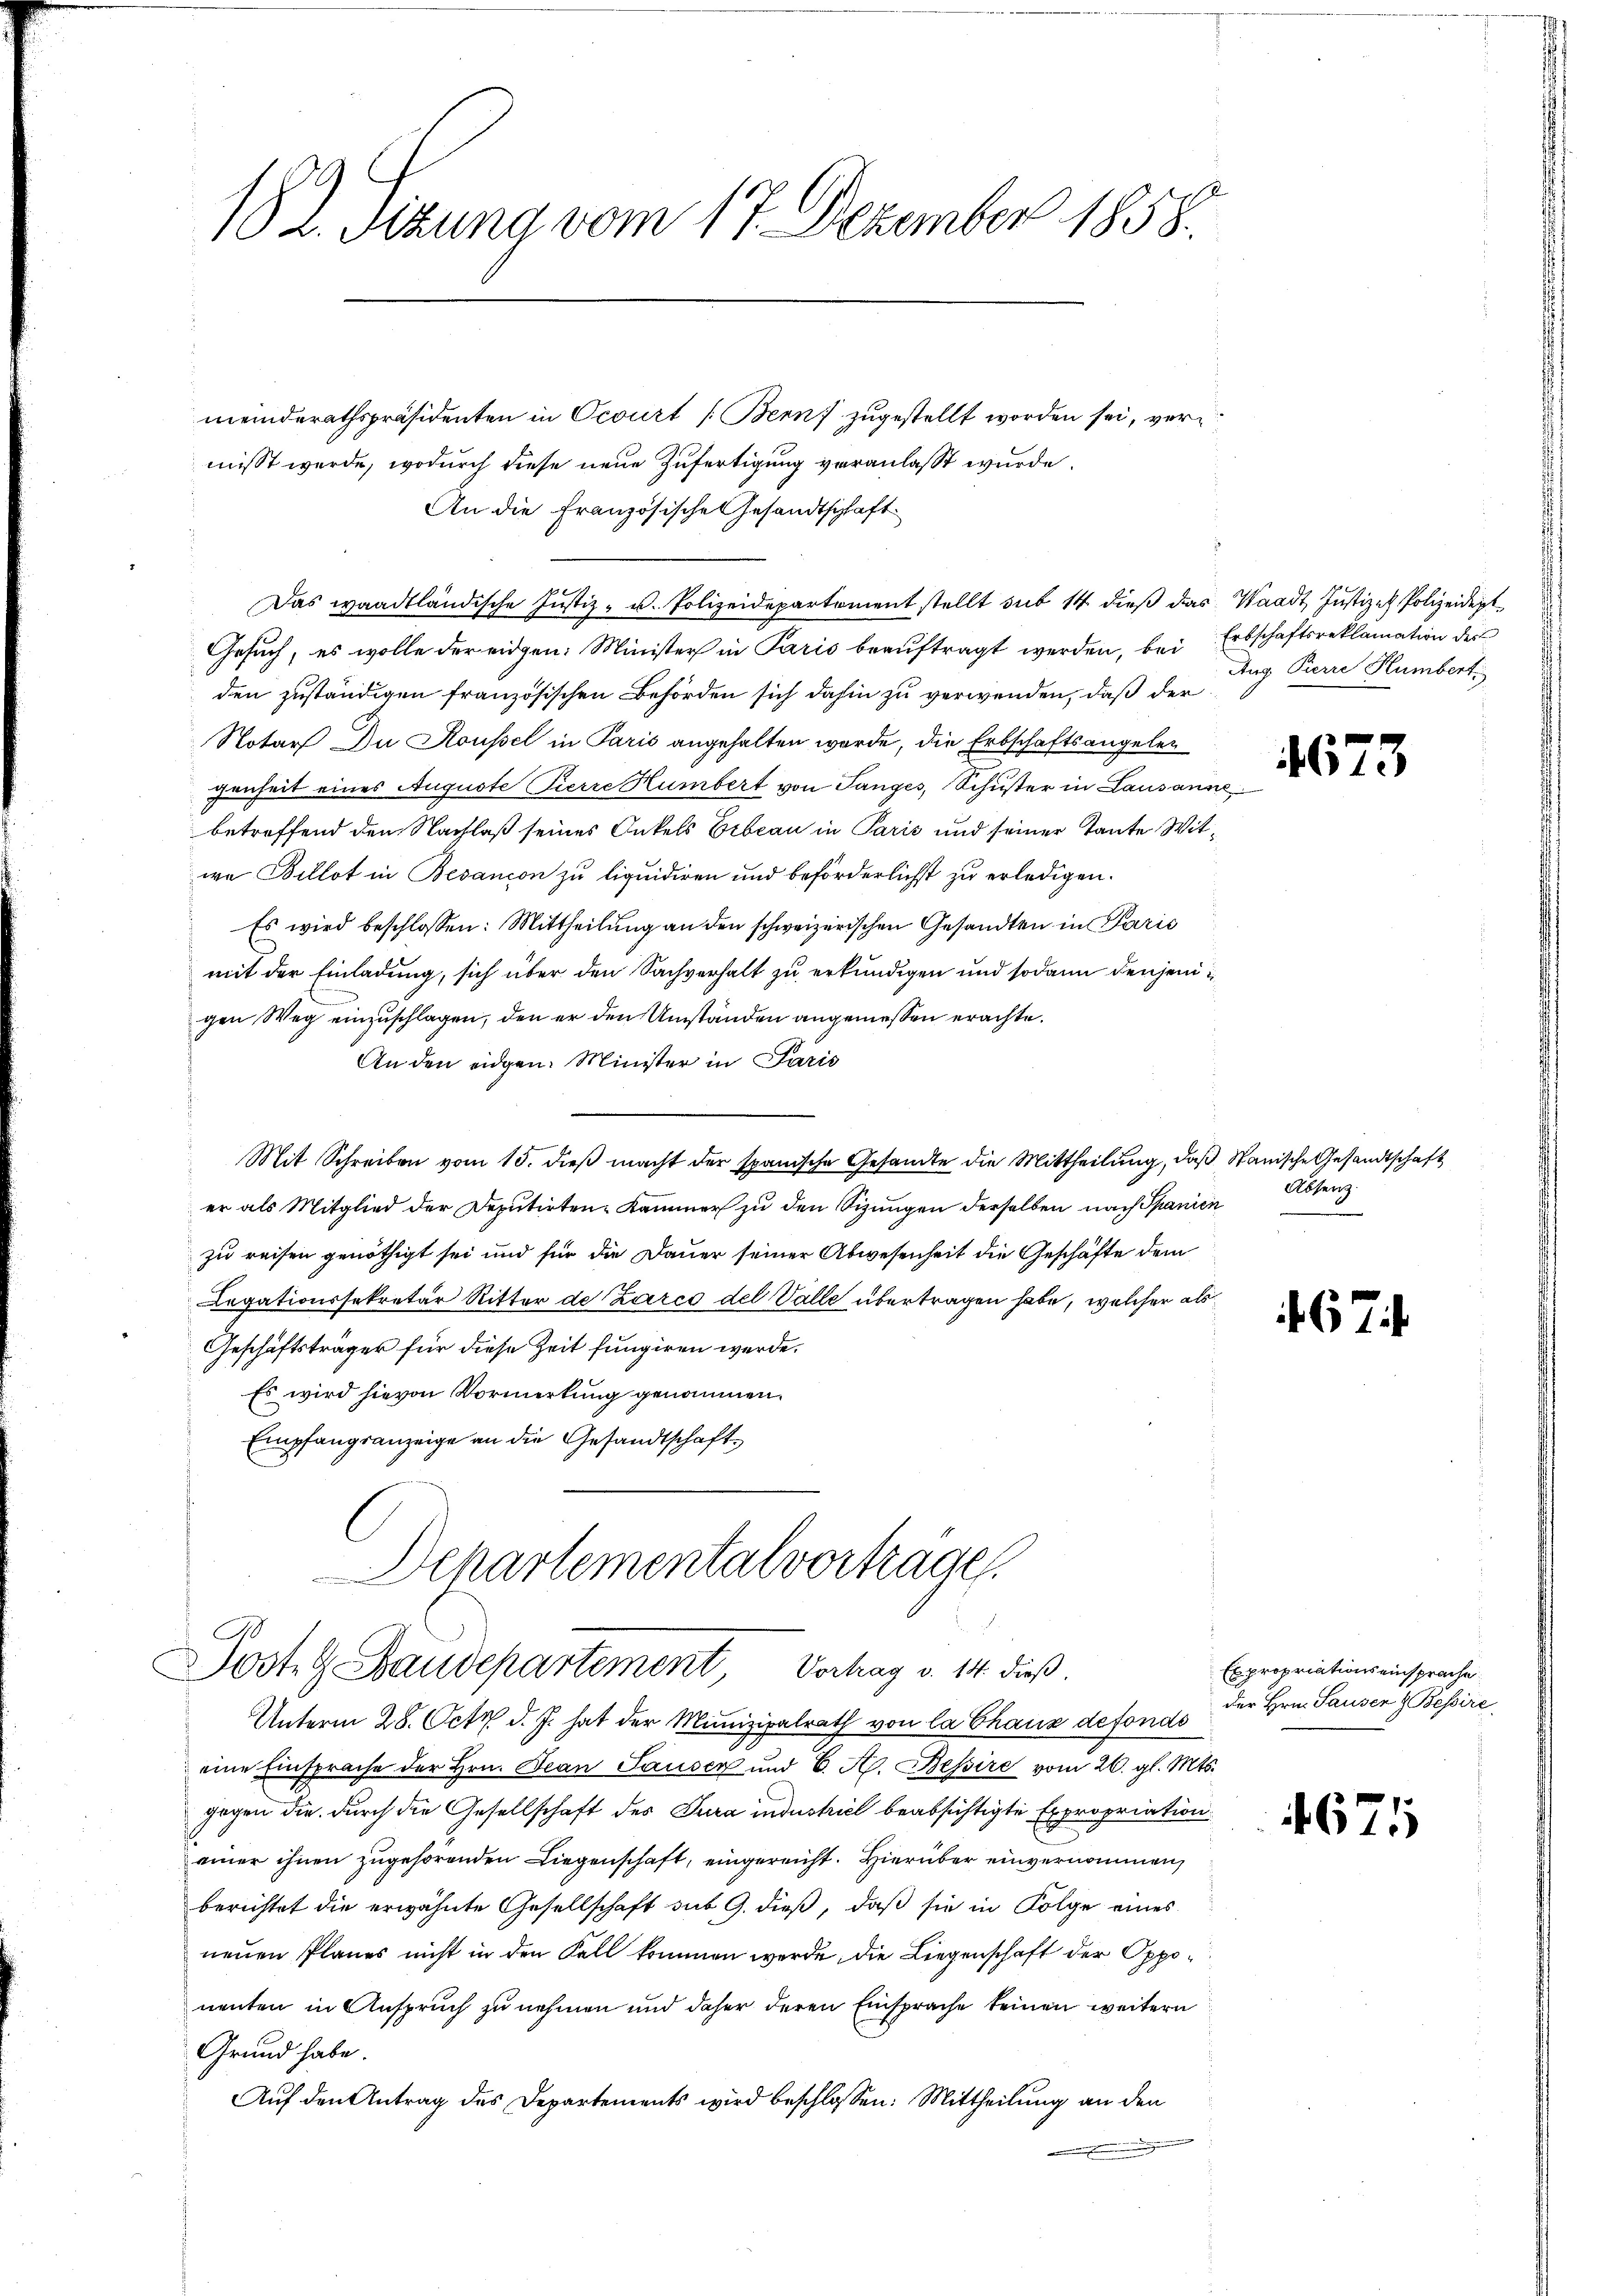
182. Sizung vom 17. Dezember 1858.

meinderathspräsidenten in Ocourt (Bern zugestellt worden sei, vermisst werde, wodurch diese neue Zufertigung veranlasst wurde.
An die Französische Gesandtschaft
Das waadtländische Justiz- u. Polizeidepartement stellt sub 14. dieß das Waadt, Justizen Polizeident¬
Gesuch, es wolle der eidgen: Minister in Paris beauftragt werden, bei Erbschaftsreklamation der
den zuständigen französischen Behörden sich dahin zu verwenden, daß der
Notar Du Koussel in Paris angehalten werde, die Erbschaftsangelegenheit eines Auguste Pierre Humbert von Langes, Schuster in Lausanne
betreffend den Nachlaß seines Onkels Erbeau in Paris und seiner Tante Witwa Bellat in Besancon zu liquidiren und beförderlichst zu erledigen.
Es wird beschlossen: Mittheilŭng an den schweizerischen Gesandten in Paris
mit der Einladung, sich über den Sachverhalt zu erkundigen und sodann denjenigen Weg einzuschlagen, den er den Umständen angemessen erachte.
An den eidgen. Minister in Paris
Mit Schreiben vom 15. dieß macht der spanische Gesandte die Mittheilung, daß Stanische Gesandtschaft
er als Mitglied der Deputirten-Kammer zu den Sizungen derselben nach Spanien
zu reisen genöthigt sei und für die Dauer seiner Abwesenheit die Geschäfte dem
Legationssekretär Ritter de Zarco del Valle übertragen habe, welcher als
Geschäftsträger für diese Zeit fungiren werde.
Es wird hievon Vormerkung genommen.
Empfangsanzeige an die Gesandtschaft¬
Departementalvorträge
Posteg Staudepartement Verhag v. 14. dieß.
Unterm 28. Octz d. J. hat der Munizipalrath von la Chaus defondo
eine Einsprache der Hrn. Jean Sauser und 6. A. Bessire vom 26. gl. Mts.
gegen die durch die Gesellschaft des Jura industriel beabsichtigte Expropriation
einer ihnen zugehörenden Liegenschaft, eingereicht. Hierüber einvernommen,
berichtet die erwähnte Gesellschaft sub 9. dieß, daß sie in Folge eines
neuen Planes nicht in den Fall kommen werde, die Liegenschaft der Opponenten in Anspruch zu nehmen und daher deren Einsprache keinen weitern
Grund habe.
Auf den Antrag des Departements wird beschlossen: Mittheilung an den
.

Aug Pierre Humbert

167

3

Absenz

671

Expropriationseinsprache
der Hrn. Sausen & Bessire

4675